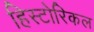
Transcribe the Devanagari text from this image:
हिस्‍टोरिकल